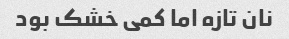
نان تازه اما کمی خشک بود